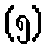
(၅)